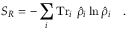
S _ { R } = - \sum _ { i } \mathrm { T r } _ { i } ~ \hat { \rho } _ { i } \ln \hat { \rho } _ { i } ~ ~ ~ .